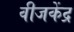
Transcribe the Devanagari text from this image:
वीजकेंद्र